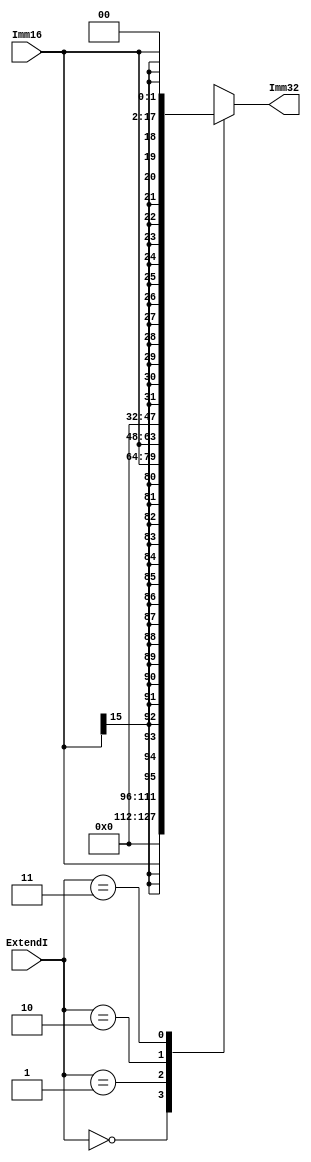
module Extend_1(
input [15:0] Imm16,
input [1:0] ExtendI,
output reg [31:0] Imm32
);
always @(*)begin
case(ExtendI)
2'b00:Imm32={16'h0000,Imm16};
2'b01:Imm32 = {{16{Imm16[15]}}, Imm16};
2'b10:Imm32 = {Imm16, 16'h0000};
2'b11:Imm32 = {{16{Imm16[15]}}, Imm16} << 2;
endcase
end
endmodule